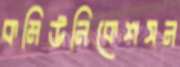
কমিউনিকেশসন